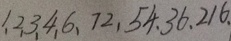
1 , 2 , 3 , 4 , 6 , 7 2 , 5 4 . 3 6 . 2 1 6 .